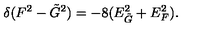
\delta ( F ^ { 2 } - \tilde { G } ^ { 2 } ) = - 8 ( E _ { \tilde { G } } ^ { 2 } + E _ { F } ^ { 2 } ) .